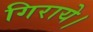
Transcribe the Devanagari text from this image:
गिराये।